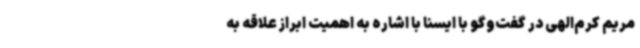
مریم کرم‌الهی در گفت‌وگو با ایسنا با اشاره به اهمیت ابراز علاقه به